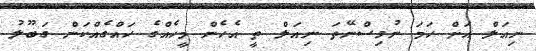
ނިއަލް އަށް ހަމަ ނުވިސްނޭތަ ނިއަލް ތީ އެހެން މީހެއްގެ ހައްގެއްކަން ގަބޫލު